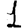
Digit: 1